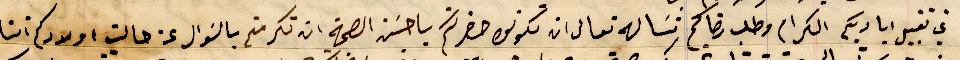
غب تقبيل اياديكم الكرام وطلب رضاكم نسَاله تعالى ان تكونوا حضرتكم باحسَن الصحة ان تكرمتم بالسَوال عن حالت اولادكم اننا